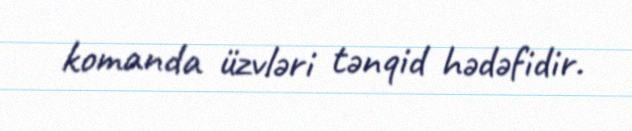
komanda üzvləri tənqid hədəfidir.